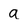
Character: a